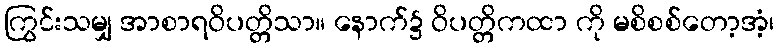
ကြွင်းသမျှ အာစာရဝိပတ္တိသာ။ နောက်၌ ဝိပတ္တိကထာ ကို မစိစစ်တော့အံ့၊